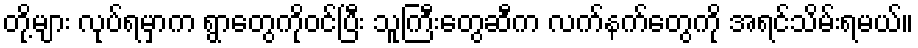
တို့များ လုပ်ရမှာက ရွာတွေကိုဝင်ပြီး သူကြီးတွေဆီက လက်နက်တွေကို အရင်သိမ်းရမယ်။